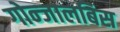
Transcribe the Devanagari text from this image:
गोन्जालबिस